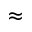
\approx